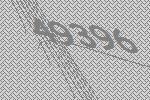
49396